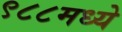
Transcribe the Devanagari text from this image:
९८८मध्ये